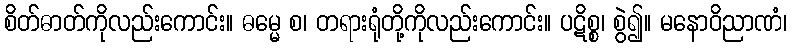
စိတ်ဓာတ်ကိုလည်းကောင်း။ ဓမ္မေ စ၊ တရားရုံတို့ကိုလည်းကောင်း။ ပဋိစ္စ၊ စွဲ၍။ မနောဝိညာဏံ၊